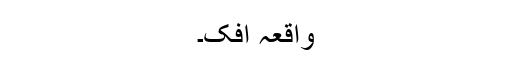
واقعہ افک۔